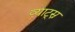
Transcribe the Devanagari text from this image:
व्याट्स्न